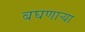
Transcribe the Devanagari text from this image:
बघणार्‍या